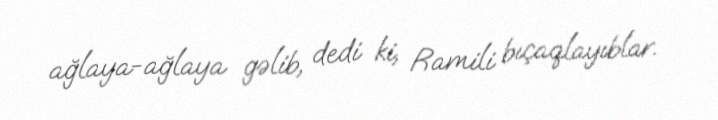
ağlaya-ağlaya gəlib, dedi ki, Ramili bıçaqlayıblar.